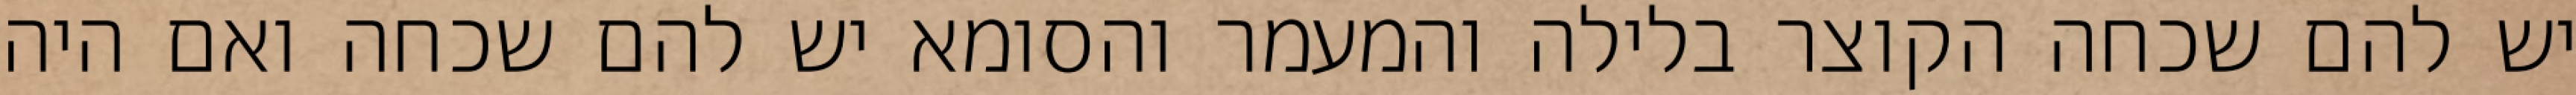
יש להם שכחה הקוצר בלילה והמעמר והסומא יש להם שכחה ואם היה